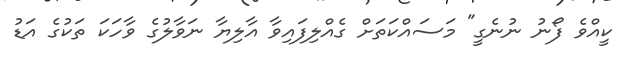
ކީއްވެ ފޯނު ނުނެގީ" މަސައްކަތަށް ގެއްލިފައިވާ އާލިޔާ ނަވާލުގެ ވާހަކަ ތަކުގެ އަޑު